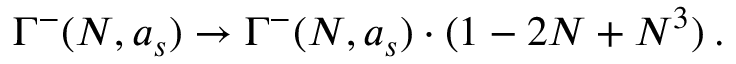
\Gamma ^ { - } ( N , a _ { s } ) \rightarrow \Gamma ^ { - } ( N , a _ { s } ) \cdot ( 1 - 2 N + N ^ { 3 } ) \: .